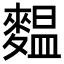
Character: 𪍝